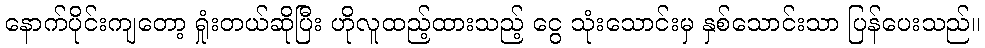
နောက်ပိုင်းကျတော့ ရှုံးတယ်ဆိုပြီး ဟိုလူထည့်ထားသည့် ငွေ သုံးသောင်းမှ နှစ်သောင်းသာ ပြန်ပေးသည်။